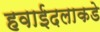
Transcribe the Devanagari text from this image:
हवाईदलाकडे